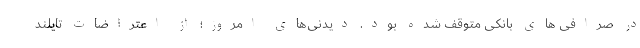
در صرافی های بانکی متوقف شده بود. دیدنی‌های امروز؛ از اعتراضات تایلند